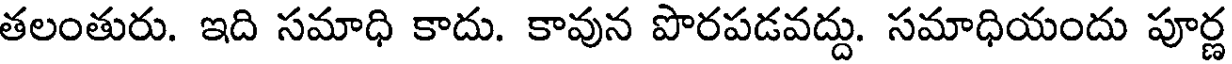
తలంతురు. ఇది సమాధి కాదు. కావున పొరపడవద్దు. సమాధియందు పూర్ణ